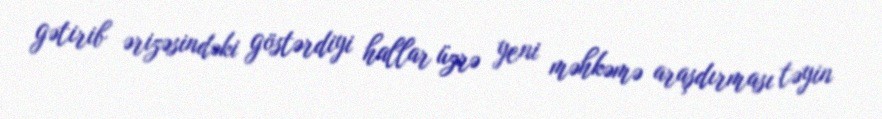
gətirib ərizəsindəki göstərdiyi hallar üzrə yeni məhkəmə araşdırması təyin